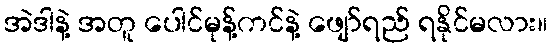
အဲဒါနဲ့ အတူ ပေါင်မုန့်ကင်နဲ့ ဖျော်ရည် ရနိုင်မလား။